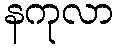
နကုလာ